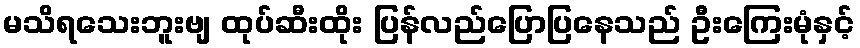
မသိရသေးဘူးဗျ ထုပ်ဆီးထိုး ပြန်လည်ပြောပြနေသည် ဦးကြေးမုံနှင့်